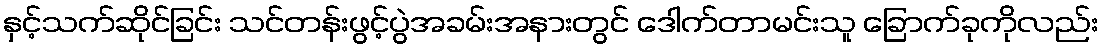
နှင့်သက်ဆိုင်ခြင်း သင်တန်းဖွင့်ပွဲအခမ်းအနားတွင် ဒေါက်တာမင်းသူ ခြောက်ခုကိုလည်း